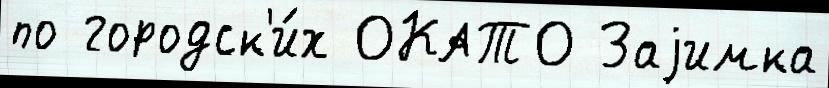
по городск'и́х ОКАТО Заjимка